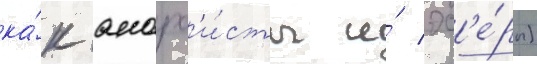
ка́к анарх'и́сты и́ эс'е́ры)